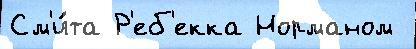
См'и́та Р'еб'екка Норманом